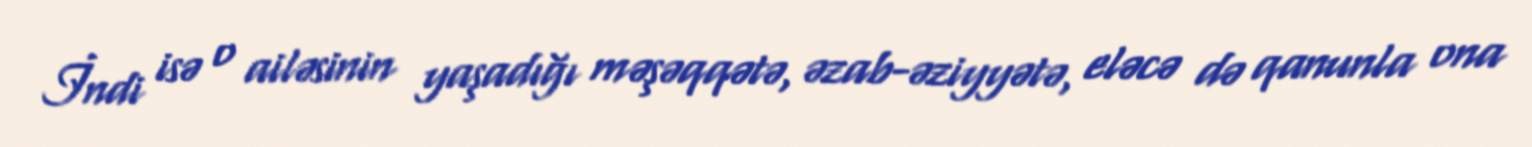
İndi isə o ailəsinin yaşadığı məşəqqətə, əzab-əziyyətə, eləcə də qanunla ona